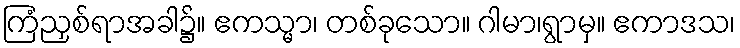
ကြံညှစ်ရာအခါ၌။ ဧကသ္မာ၊ တစ်ခုသော။ ဂါမာ၊ရွာမှ။ ဧကာဒသ၊